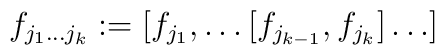
f_{j_1 \dots j_k} := [ f_{j_1} , \dots [f_{j_{k-1}},f_{j_k}]\dots ]